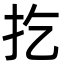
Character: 扢